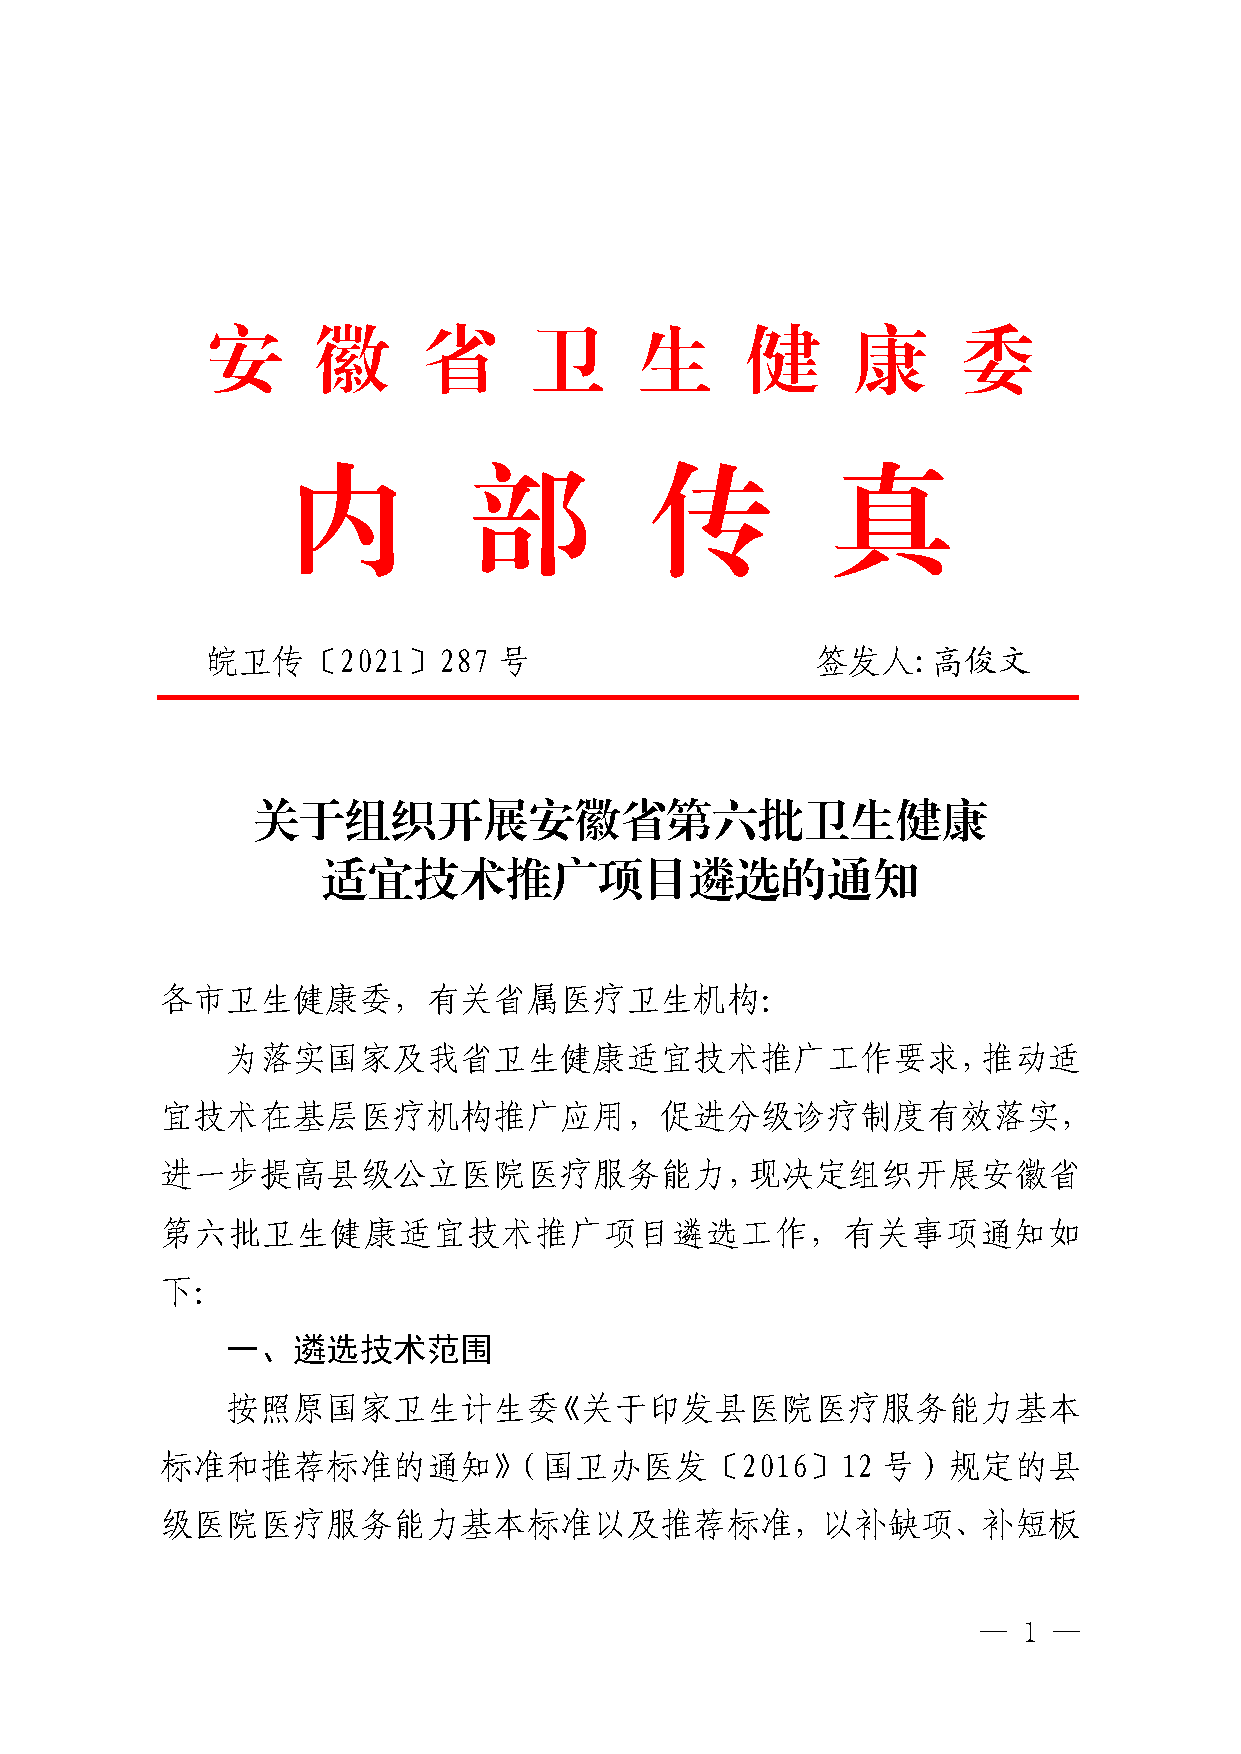
安      徽      省      卫      生      健      康       委
 内           部           传           真
 皖卫传〔2021〕287       号                    签发人:高俊文
 关于组织开展安徽省第六批卫生健康
 适宜技术推广项目遴选的通知
 各市卫生健康委，有关省属医疗卫生机构：
 为落实国家及我省卫生健康适宜技术推广工作要求，推动适
 宜技术在基层医疗机构推广应用，促进分级诊疗制度有效落实，
 进一步提高县级公立医院医疗服务能力，现决定组织开展安徽省
 第六批卫生健康适宜技术推广项目遴选工作，有关事项通知如
 下：
 一、遴选技术范围
 按照原国家卫生计生委《关于印发县医院医疗服务能力基本
 标准和推荐标准的通知》（国卫办医发〔2016〕12                      号）规定的县
 级医院医疗服务能力基本标准以及推荐标准，以补缺项、补短板
 —  1 —